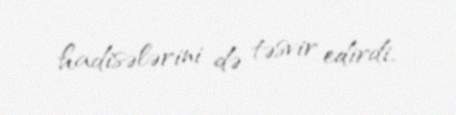
hadisələrini də təsvir edirdi.